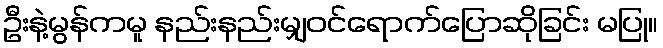
ဦးနဲ့မွန်ကမူ နည်းနည်းမျှဝင်ရောက်ပြောဆိုခြင်း မပြု။